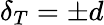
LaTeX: \delta_{T}=\pm d